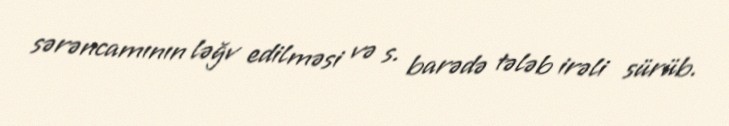
sərəncamının ləğv edilməsi və s. barədə tələb irəli sürüb.